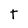
Character: T